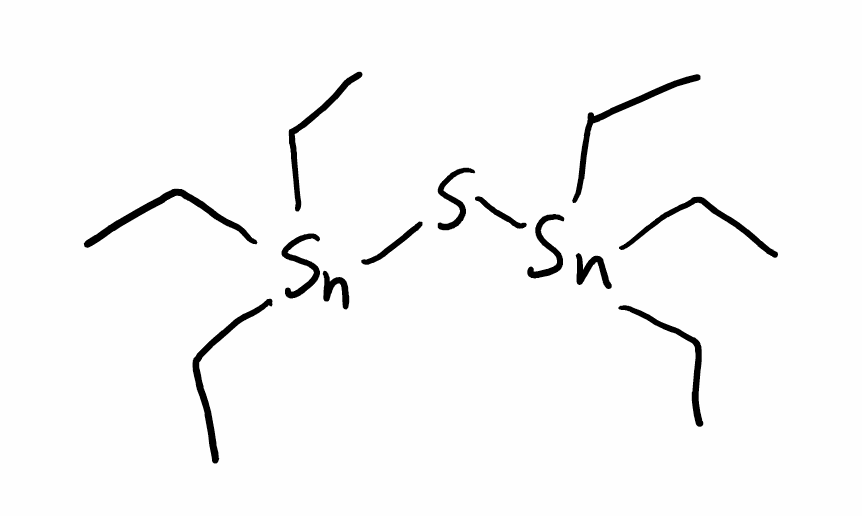
Simplified molecular-input line-entry system (SMILES) notation of the given molecule:
CC[Sn](CC)(CC)S[Sn](CC)(CC)CC